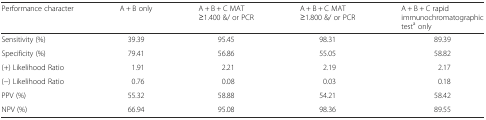
| Performance character | A + B only | A + B + C MAT≥1.400 &/ or PCR | A + B + C MAT≥1.800 &/ or PCR | A + B + C rapidimmunochromatographic testa only |
 | --- | --- | --- | --- | --- |
 | Sensitivity (%) | 39.39 | 95.45 | 98.31 | 89.39 |
 | Specificity (%) | 79.41 | 56.86 | 55.05 | 58.82 |
 | (+) Likelihood Ratio | 1.91 | 2.21 | 2.19 | 2.17 |
 | (−) Likelihood Ratio | 0.76 | 0.08 | 0.03 | 0.18 |
 | PPV (%) | 55.32 | 58.88 | 54.21 | 58.42 |
 | NPV (%) | 66.94 | 95.08 | 98.36 | 89.55 |